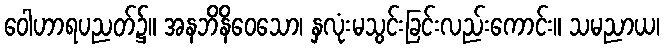
ဝေါဟာရပညတ်၌။ အနဘိနိဝေသော၊ နှလုံးမသွင်းခြင်းလည်းကောင်း။ သမညာယ၊